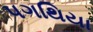
પગથિયા